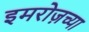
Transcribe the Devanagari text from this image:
इमरोज़च्या